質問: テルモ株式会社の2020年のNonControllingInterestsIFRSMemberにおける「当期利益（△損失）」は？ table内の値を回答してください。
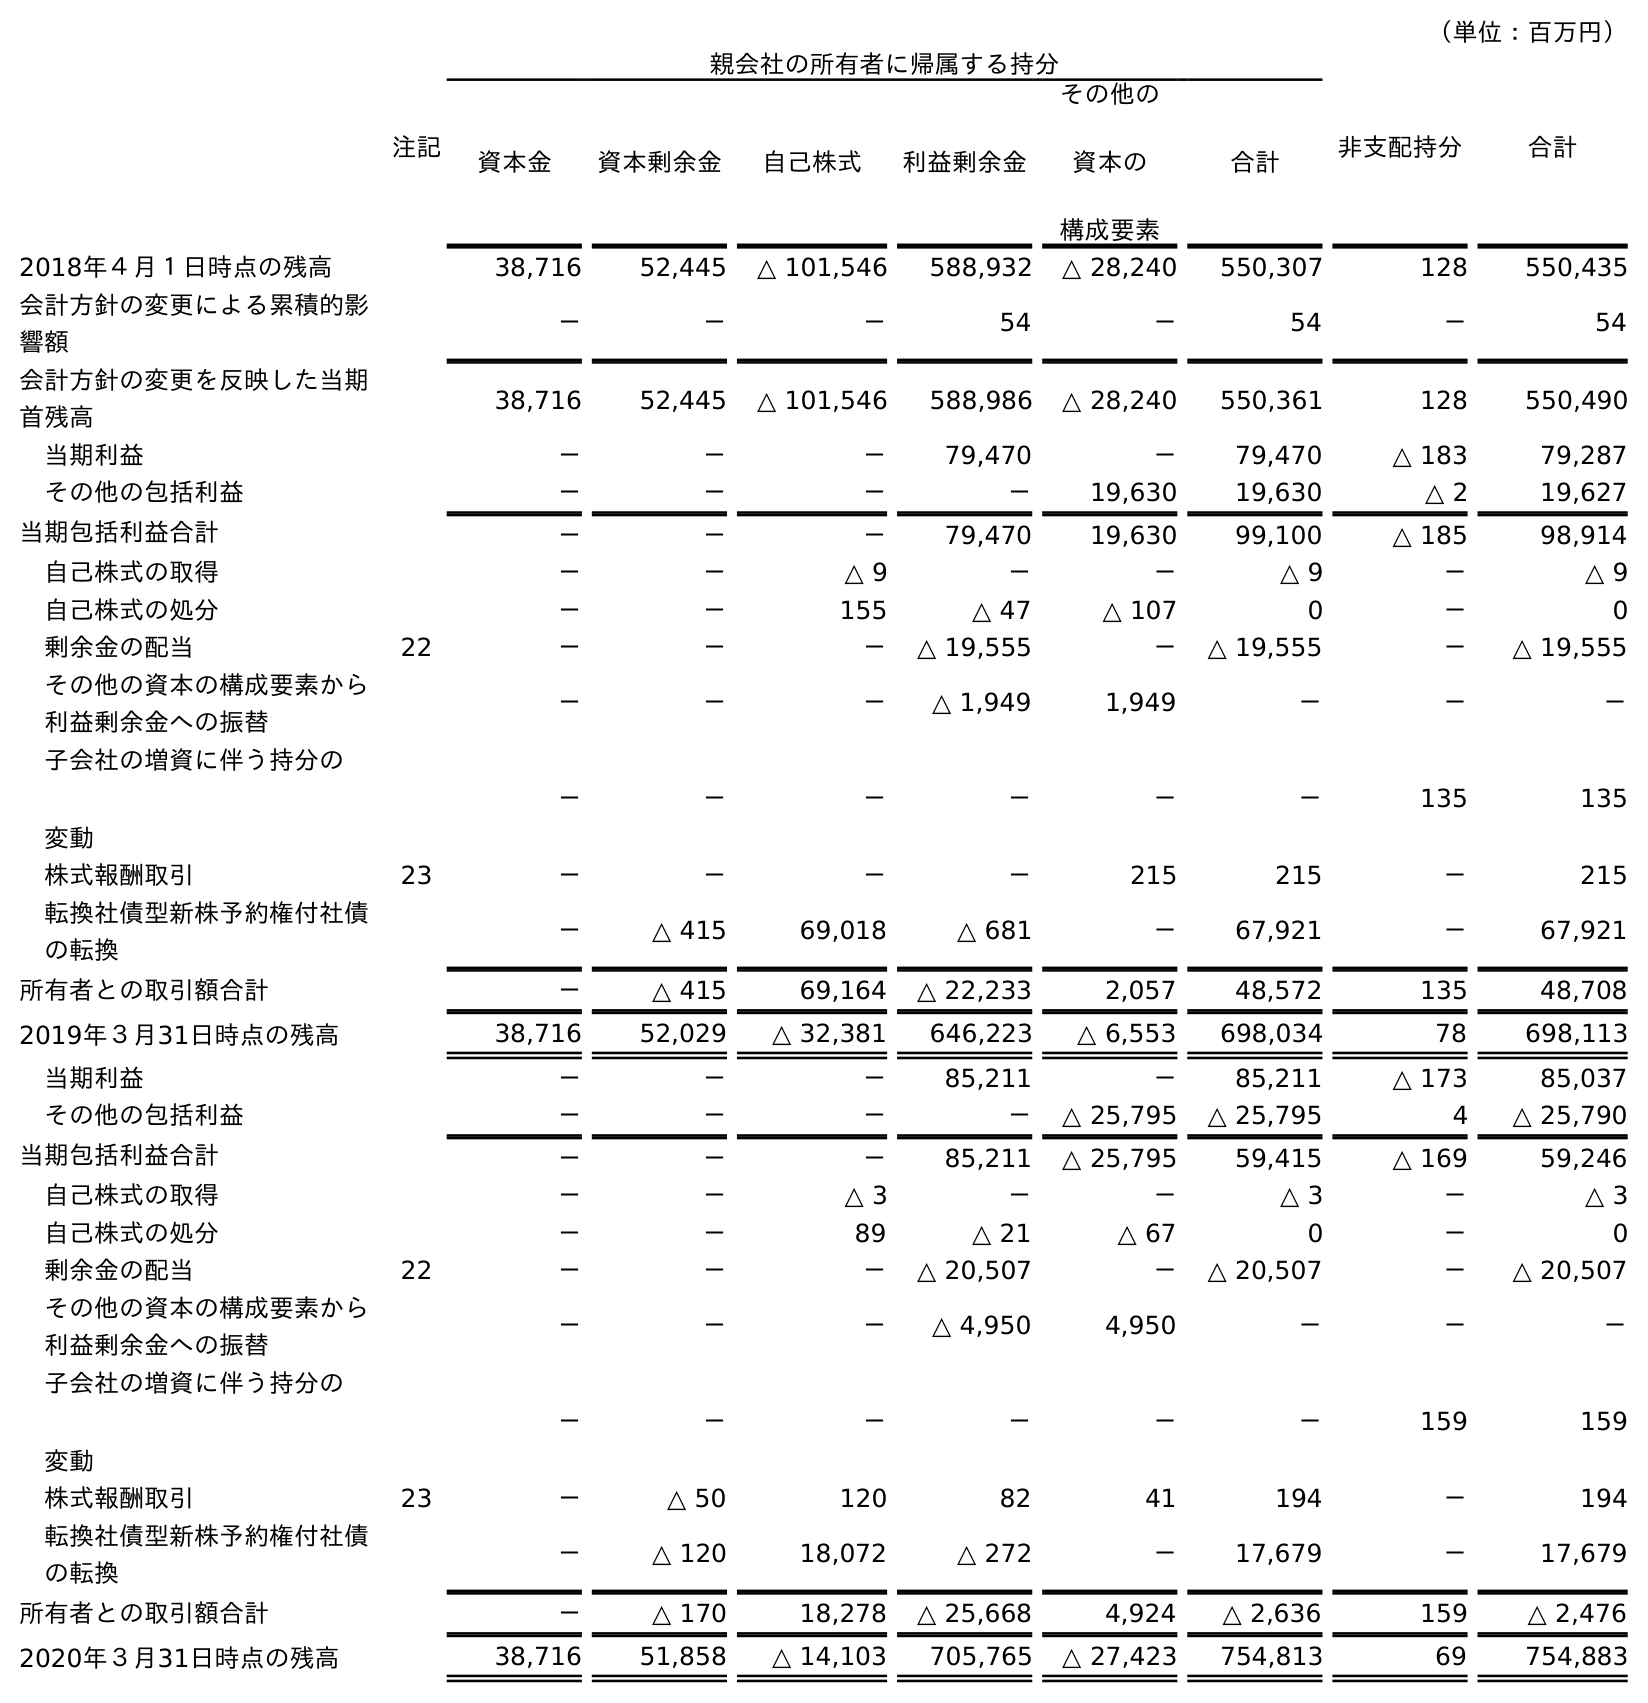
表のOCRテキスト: （単位：百万円） 注記 親会社の所有者に帰属する持分 非支配持分 合計 資本金 資本剰余金 自己株式 利益剰余金 その他の 資本の 構成要素 合計 2018年４月１日時点の残高 38,716 52,445 △ 101,546 588,932 △ 28,240 550,307 128 550,435 会計方針の変更による累積的影 響額 － － － 54 － 54 － 54 会計方針の変更を反映した当期 首残高 38,716 52,445 △ 101,546 588,986 △ 28,240 550,361 128 550,490 当期利益 － － － 79,470 － 79,470 △ 183 79,287 その他の包括利益 － － － － 19,630 19,630 △ 2 19,627 当期包括利益合計 － － － 79,470 19,630 99,100 △ 185 98,914 自己株式の取得 － － △ 9 － － △ 9 － △ 9 自己株式の処分 － － 155 △ 47 △ 107 0 － 0 剰余金の配当 22 － － － △ 19,555 － △ 19,555 － △ 19,555 その他の資本の構成要素から 利益剰余金への振替 － － － △ 1,949 1,949 － － － 子会社の増資に伴う持分の 変動 － － － － － － 135 135 株式報酬取引 23 － － － － 215 215 － 215 転換社債型新株予約権付社債 の転換 － △ 415 69,018 △ 681 － 67,921 － 67,921 所有者との取引額合計 － △ 415 69,164 △ 22,233 2,057 48,572 135 48,708 2019年３月31日時点の残高 38,716 52,029 △ 32,381 646,223 △ 6,553 698,034 78 698,113 当期利益 － － － 85,211 － 85,211 △ 173 85,037 その他の包括利益 － － － － △ 25,795 △ 25,795 4 △ 25,790 当期包括利益合計 － － － 85,211 △ 25,795 59,415 △ 169 59,246 自己株式の取得 － － △ 3 － － △ 3 － △ 3 自己株式の処分 － － 89 △ 21 △ 67 0 － 0 剰余金の配当 22 － － － △ 20,507 － △ 20,507 － △ 20,507 その他の資本の構成要素から 利益剰余金への振替 － － － △ 4,950 4,950 － － － 子会社の増資に伴う持分の 変動 － － － － － － 159 159 株式報酬取引 23 － △ 50 120 82 41 194 － 194 転換社債型新株予約権付社債 の転換 － △ 120 18,072 △ 272 － 17,679 － 17,679 所有者との取引額合計 － △ 170 18,278 △ 25,668 4,924 △ 2,636 159 △ 2,476 2020年３月31日時点の残高 38,716 51,858 △ 14,103 705,765 △ 27,423 754,813 69 754,883
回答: △173